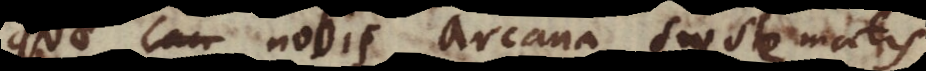
quae nobis arcana systematis